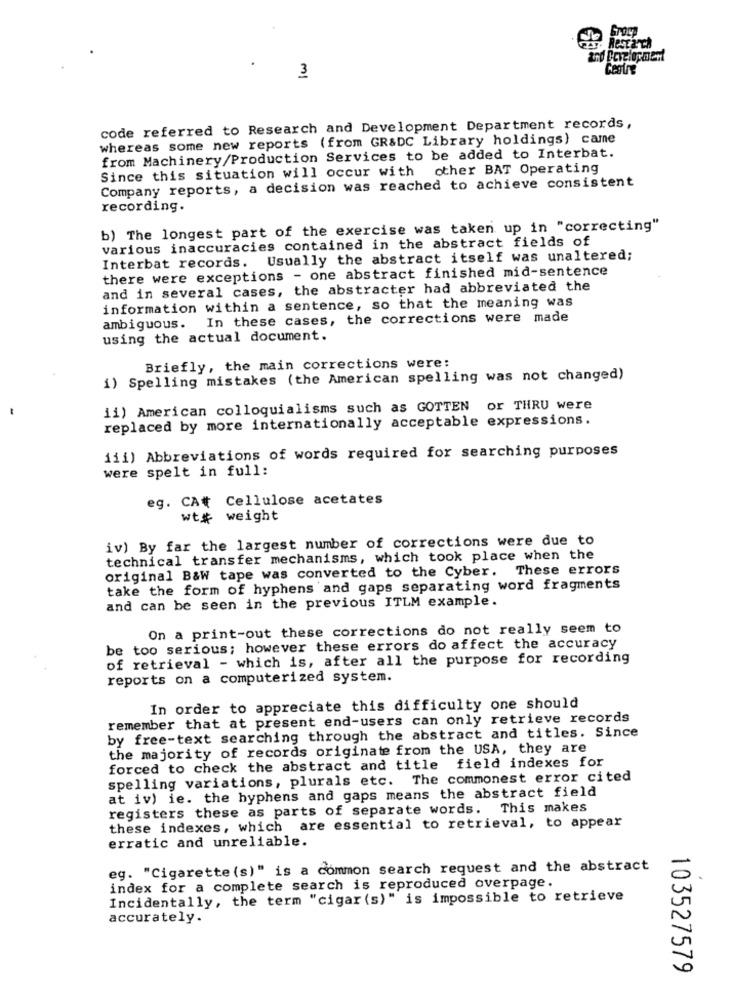
Gros
Centre
3
code referred to Research and Development Department records,
whereas some new reports (from GR&DC Library holdings) came
from Machinery/Production Services to be added to Interbat.
Since this situation will occur with
other BAT Operating
Company reports, a decision was reached to achieve consistent
recording.
b) The longest part of the exercise was taken up in "correcting"
various inaccuracies contained in the abstract fields of
Interbat records. Usually the abstract itself was unaltered;
there were exceptions - one abstract finished mid-sentence
and in several cases, the abstracter had abbreviated the
information within a sentence, so that the meaning was
In these cases, the corrections were made
ambiguous.
using the actual document.
Briefly, the main corrections were:
1) Spelling mistakes (the American spelling was not changed)
ii) American colloquialisms such as GOTTEN or THRU were
replaced by more internationally acceptable expressions.
iii) Abbreviations of words required for searching purposes
were spelt in full:
eg. CA# Cellulose acetates
wt# weight
iv) By far the largest number of corrections were due to
technical transfer mechanisms, which took place when the
original B&W tape was converted to the Cyber. These errors
take the form of hyphens and gaps separating word fragments
and can be seen in the previous ITLM example.
On a print-out these corrections do not really seem to
be too serious; however these errors do affect the accuracy
of retrieval - which is, after all the purpose for recording
reports on a computerized system.
In order to appreciate this difficulty one should
remember that at present end-users can only retrieve records
by free-text searching through the abstract and titles. Since
the majority of records originate from the USA, they are
forced to check the abstract and title field indexes for
spelling variations, plurals etc. The commonest error cited
at iv) ie. the hyphens and gaps means the abstract field
registers these as parts of separate words. This makes
these indexes, which are essential to retrieval, to appear
erratic and unreliable.
eg. "Cigarette (s)" is a common search request and the abstract
index for a complete search is reproduced overpage.
Incidentally, the term "cigar (s)" is impossible to retrieve
accurately.
103527579